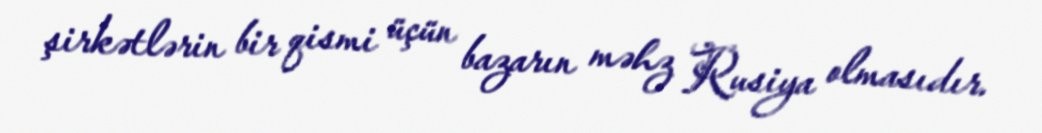
şirkətlərin bir qismi üçün bazarın məhz Rusiya olmasıdır.